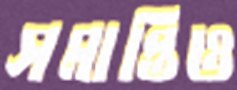
সমাপ্তিও